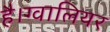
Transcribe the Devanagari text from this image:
है।ग्वालियर